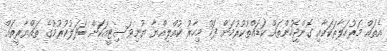
އެތައް މަރުހަލާތަކަކާއި ގޮންޖެހުންތައް ކަޑައްތުކުރުމަށް ފަހު މިހާރު ކުއްލިއްޔާ ޔުނިވަސިޓީއަކަށް ބަދަލުކުރުމުގެ ތައްޔާރީތައް